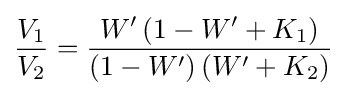
{\frac {V_{1}}{V_{2}}}={\frac {W'\left(1-W'+K_{1}\right)}{\left(1-W'\right)\left(W'+K_{2}\right)}}